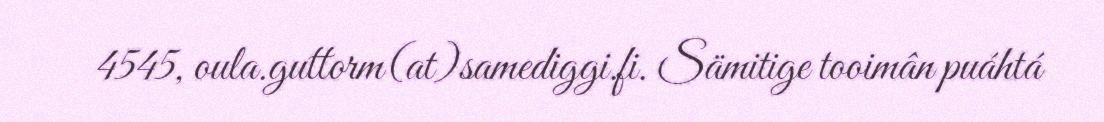
4545, oula.guttorm(at)samediggi.fi. Sämitige tooimân puáhtá